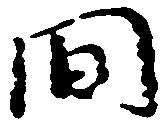
間